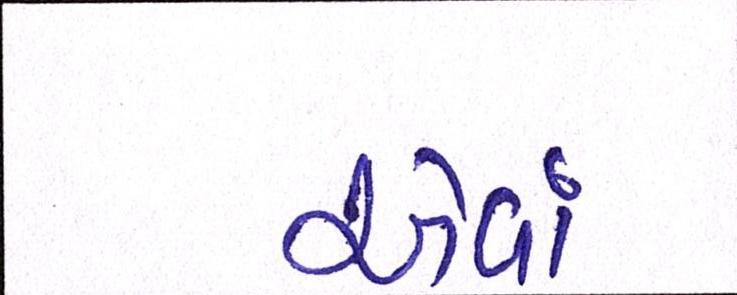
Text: એવાં